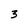
Character: 3